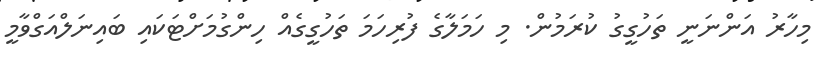
މިހާރު އަންނަނީ ތަހުގީގު ކުރަމުން. މި ހަމަލާގެ ފުރިހަމަ ތަހުގީގެއް ހިންގުމަށްޓަކައި ބައިނަލްއަގްވާމީ